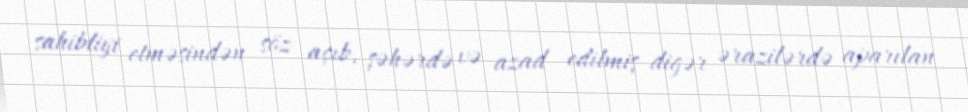
sahibliyi etməsindən söz açıb, şəhərdə və azad edilmiş digər ərazilərdə aparılan